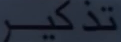
تذکر